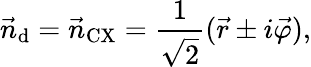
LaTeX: \vec{n}_{\mathrm{d}}=\vec{n}_{\mathrm{CX}}=\frac{1}{\sqrt{2}}(\vec{r}\pm i\vec{\varphi}),